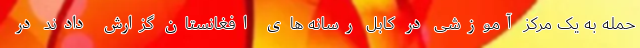
حمله به یک مرکز آموزشی در کابل رسانه های افغانستان گزارش دادند در